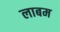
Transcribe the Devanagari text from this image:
लाबम